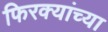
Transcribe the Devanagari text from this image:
फिरक्यांच्या